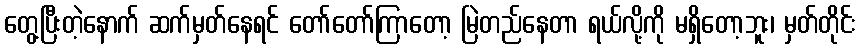
တွေ့ပြီးတဲ့နောက် ဆက်မှတ်နေရင် တော်တော်ကြာတော့ မြဲတည်နေတာ ရယ်လို့ကို မရှိတော့ဘူး၊ မှတ်တိုင်း